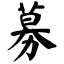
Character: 募